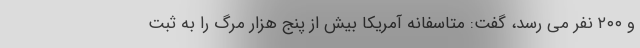
و ۲۰۰ نفر می رسد، گفت: متاسفانه آمریکا بیش از پنج هزار مرگ را به ثبت